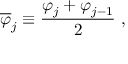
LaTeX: \overline { { \varphi } } _ { j } \equiv { \frac { \varphi _ { j } + \varphi _ { j - 1 } } { 2 } } \ ,